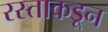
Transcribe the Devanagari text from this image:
रस्ताकडून